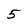
Character: 5